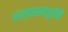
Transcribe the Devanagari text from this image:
परस्परसमजुतीने